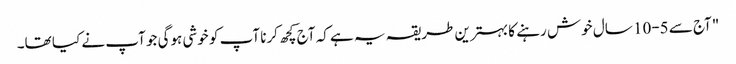
"آج سے 5-10 سال خوش رہنے کا بہترین طریقہ یہ ہے کہ آج کچھ کرنا آپ کو خوشی ہوگی جو آپ نے کیا تھا۔